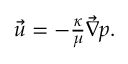
\begin{array} { r } { \vec { u } = - \frac { \kappa } { \mu } \vec { \nabla } p . } \end{array}